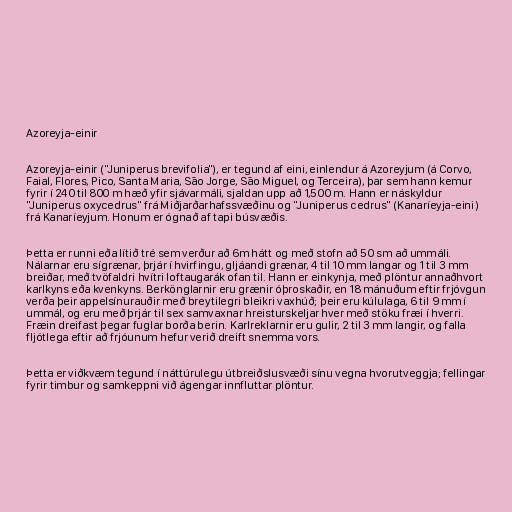
Azoreyja-einir

Azoreyja-einir ("Juniperus brevifolia"), er tegund af eini, einlendur á Azoreyjum (á Corvo,
Faial, Flores, Pico, Santa Maria, São Jorge, São Miguel, og Terceira), þar sem hann kemur
fyrir í 240 til 800 m hæð yfir sjávarmáli, sjaldan upp að 1,500 m. Hann er náskyldur
"Juniperus oxycedrus" frá Miðjarðarhafssvæðinu og "Juniperus cedrus" (Kanaríeyja-eini)
frá Kanaríeyjum. Honum er ógnað af tapi búsvæðis.

Þetta er runni eða lítið tré sem verður að 6m hátt og með stofn að 50 sm að ummáli.
Nálarnar eru sígrænar, þrjár í hvirfingu, gljáandi grænar, 4 til 10 mm langar og 1 til 3 mm
breiðar, með tvöfaldri hvítri loftaugarák ofan til. Hann er einkynja, með plöntur annaðhvort
karlkyns eða kvenkyns. Berkönglarnir eru grænir óþroskaðir, en 18 mánuðum eftir frjóvgun
verða þeir appelsínurauðir með breytilegri bleikri vaxhúð; þeir eru kúlulaga, 6 til 9 mm í
ummál, og eru með þrjár til sex samvaxnar hreisturskeljar hver með stöku fræi í hverri.
Fræin dreifast þegar fuglar borða berin. Karlreklarnir eru gulir, 2 til 3 mm langir, og falla
fljótlega eftir að frjóunum hefur verið dreift snemma vors.

Þetta er viðkvæm tegund í náttúrulegu útbreiðslusvæði sínu vegna hvorutveggja; fellingar
fyrir timbur og samkeppni við ágengar innfluttar plöntur.